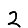
Digit: 2